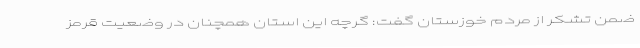
ضمن تشکر از مردم خوزستان گفت: گرچه این استان همچنان در وضعیت قرمز